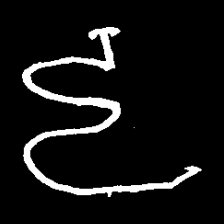
Pyu character \u2014 Myanmar letter: ဠ (romanized: lla)